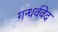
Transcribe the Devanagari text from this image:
गन्धर्ववेद